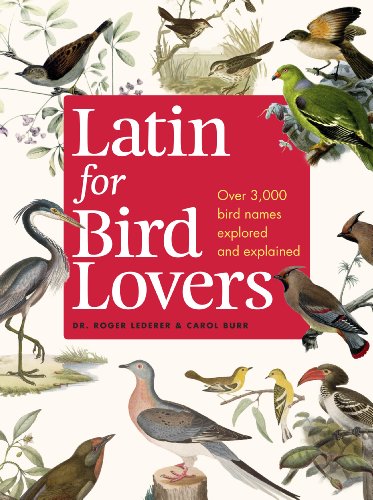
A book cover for Latin for Bird Lovers; Roger Lederer; Science & Math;